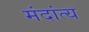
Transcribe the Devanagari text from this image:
मंदांत्य